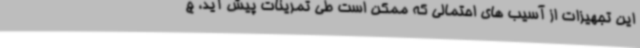
این تجهیزات از آسیب های احتمالی که ممکن است طی تمرینات پیش آید، ج